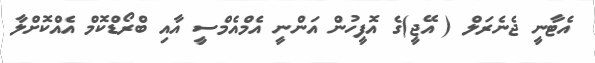
އެޓާނީ ޖެނެރަލް ( އޭޖީ)ގެ އޮފީހުން އަންނީ އެމްއެމްސީ އާއި ބްރޯޑްކޮމް އެއްކޮށްލާ